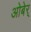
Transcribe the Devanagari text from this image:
ओबेर्